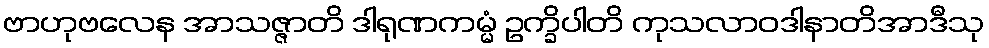
ဗာဟုဗလေန အာသဇ္ဇာတိ ဒါရုဏကမ္မံ ဥက္ခိပါတိ ကုသလာဝဒါနာတိအာဒီသု